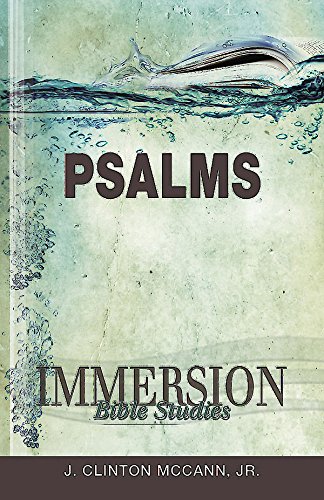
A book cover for Immersion Bible Studies: Psalms; J. Clinton Jr. McCann; Christian Books & Bibles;